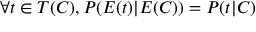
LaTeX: \forall t \in T ( C ) , P ( E ( t ) | E ( C ) ) = P ( t | C )